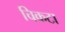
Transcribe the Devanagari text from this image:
चिकटा